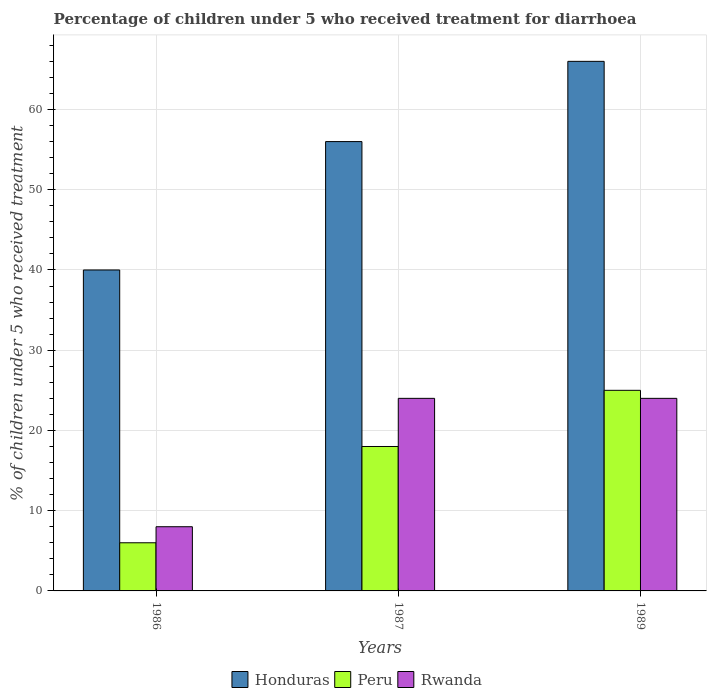
| Years | Honduras | Peru | Rwanda |
 | --- | --- | --- | --- |
 | 1986 | 40 | 6 | 8 |
 | 1987 | 56 | 18 | 24 |
 | 1989 | 66 | 25 | 24 |